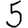
Digit: 5